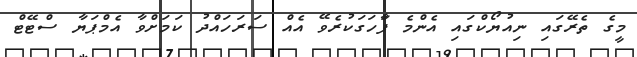
މީގެ ތެރޭގައި ނިއުޔޯކްގައި އެންމެ ފާަހަގަކުރެވޭ އެއް ސަރަހައްދު ކަމަށްވާ އެމްޕަޔާ ސްޓޭޓް